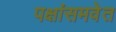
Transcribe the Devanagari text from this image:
पक्षांसमवेत